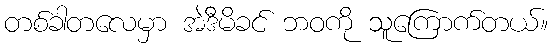
တစ်ခါတလေမှာ အဲဒီမိခင် ဘဝကို သူကြောက်တယ်။